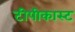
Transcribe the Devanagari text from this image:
टीपीकास्ट